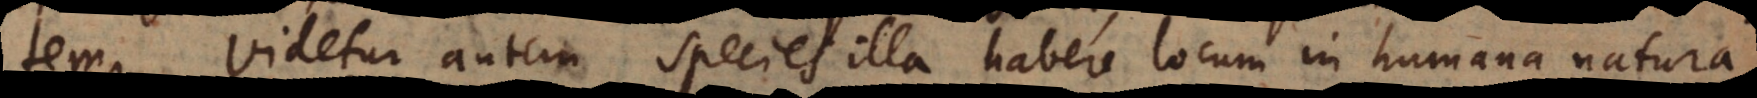
tem. Videtur autem species illa habere locum in humana natura,